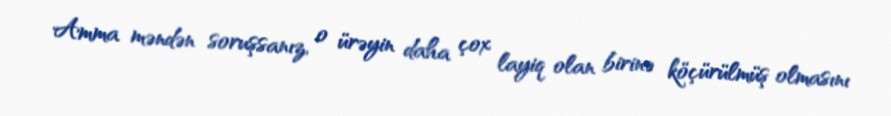
Amma məndən soruşsanız, o ürəyin daha çox layiq olan birinə köçürülmüş olmasını